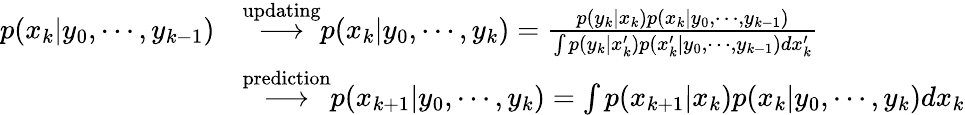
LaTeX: {\begin{array}{rl}{p(x_{k}|y_{0},\cdots,y_{k-1})}&{{\stackrel{\mathrm{updating}}{\longrightarrow}}p(x_{k}|y_{0},\cdots,y_{k})={\frac{p(y_{k}|x_{k})p(x_{k}|y_{0},\cdots,y_{k-1})}{\int p(y_{k}|x_{k}^{\prime})p(x_{k}^{\prime}|y_{0},\cdots,y_{k-1})dx_{k}^{\prime}}}}\\ &{{\stackrel{\mathrm{prediction}}{\longrightarrow}}p(x_{k+1}|y_{0},\cdots,y_{k})=\int p(x_{k+1}|x_{k})p(x_{k}|y_{0},\cdots,y_{k})dx_{k}}\end{array}}